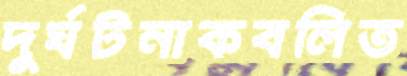
দুর্ঘটনাকবলিত